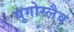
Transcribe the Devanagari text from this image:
युगोस्लैव